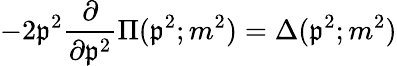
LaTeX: -2\mathfrak{p}^{2}\frac{{\partial}}{{\partial\mathfrak{p}^{2}}}\Pi(\mathfrak{p}^{2};m^{2})=\Delta(\mathfrak{p}^{2};m^{2})